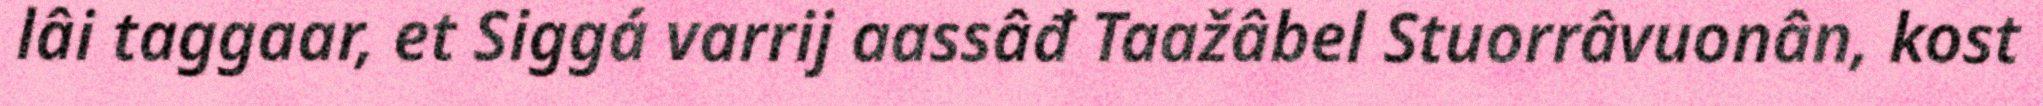
lâi taggaar, et Siggá varrij aassâđ Taažâbel Stuorrâvuonân, kost